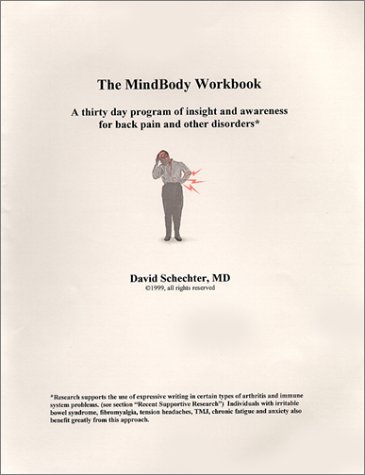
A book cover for The MindBody Workbook: A Thirty Day Program of Insight and Awareness for People with Back Pain and Other Disorders; David Schechter M.D.; Health, Fitness & Dieting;